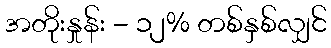
အတိုးနှုန်း - ၁၂% တစ်နှစ်လျှင်